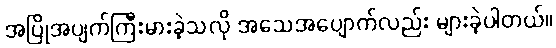
အပြိုအပျက်ကြီးမားခဲ့သလို အသေအပျောက်လည်း များခဲ့ပါတယ်။